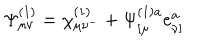
LaTeX: \Psi _ { \mu \nu } ^ { ( 1 ) } = \chi _ { \mu \nu ^ { - } } ^ { ( 1 ) } + \Psi _ { [ \mu } ^ { ( 1 ) a } e _ { \nu ] } ^ { a }